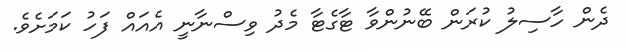
ދެން ހާސިލު ކުރަން ބޭނުންވާ ޓާގެޓާ މެދު ވިސްނާނީ އެއައް ފަހު ކަމަށެވެ.